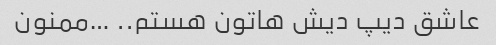
عاشق دیپ دیش هاتون هستم.. …ممنون